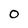
Character: 0